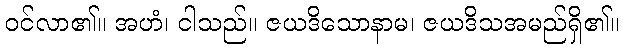
ဝင်လာ၏။ အဟံ၊ ငါသည်။ ဇယဒိသောနာမ၊ ဇယဒိသအမည်ရှိ၏။